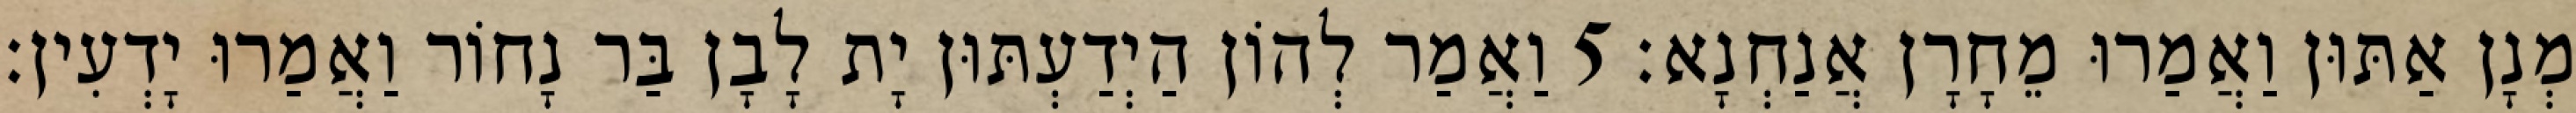
מְנָן אַתּוּן וַאֲמַרוּ מֵחָרָן אֲנַחְנָא׃ 5 וַאֲמַר לְהוֹן הַיְדַעְתּוּן יָת לָבָן בַּר נָחוֹר וַאֲמַרוּ יָדְעִין׃